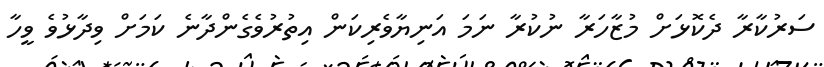
ސަރުކާރާ ދެކޮޅަށް މުޒާހަރާ ނުކުރާ ނަމަ އަނިޔާވެރިކަން އިތުރުވެގެންދާނެ ކަމަށް ވިދާޅުވެ ވީހާ